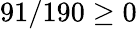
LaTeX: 91/190\geq 0